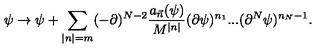
\psi \rightarrow \psi + \sum _ { | n | = m } ( - \partial ) ^ { N - 2 } \frac { a _ { \vec { n } } ( \psi ) } { M ^ { | n | } } ( \partial \psi ) ^ { n _ { 1 } } . . . ( \partial ^ { N } \psi ) ^ { n _ { N } - 1 } .